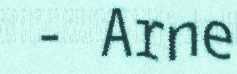
- Arne